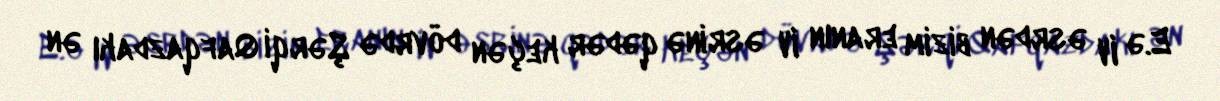
E.ə IV əsrdən bizim eranın IV əsrinə qədər keçən dövrdə Şərqi Qafqazdakı ən